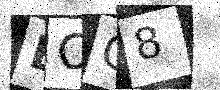
Text: BOG8